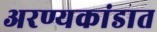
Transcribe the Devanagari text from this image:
अरण्यकांडात